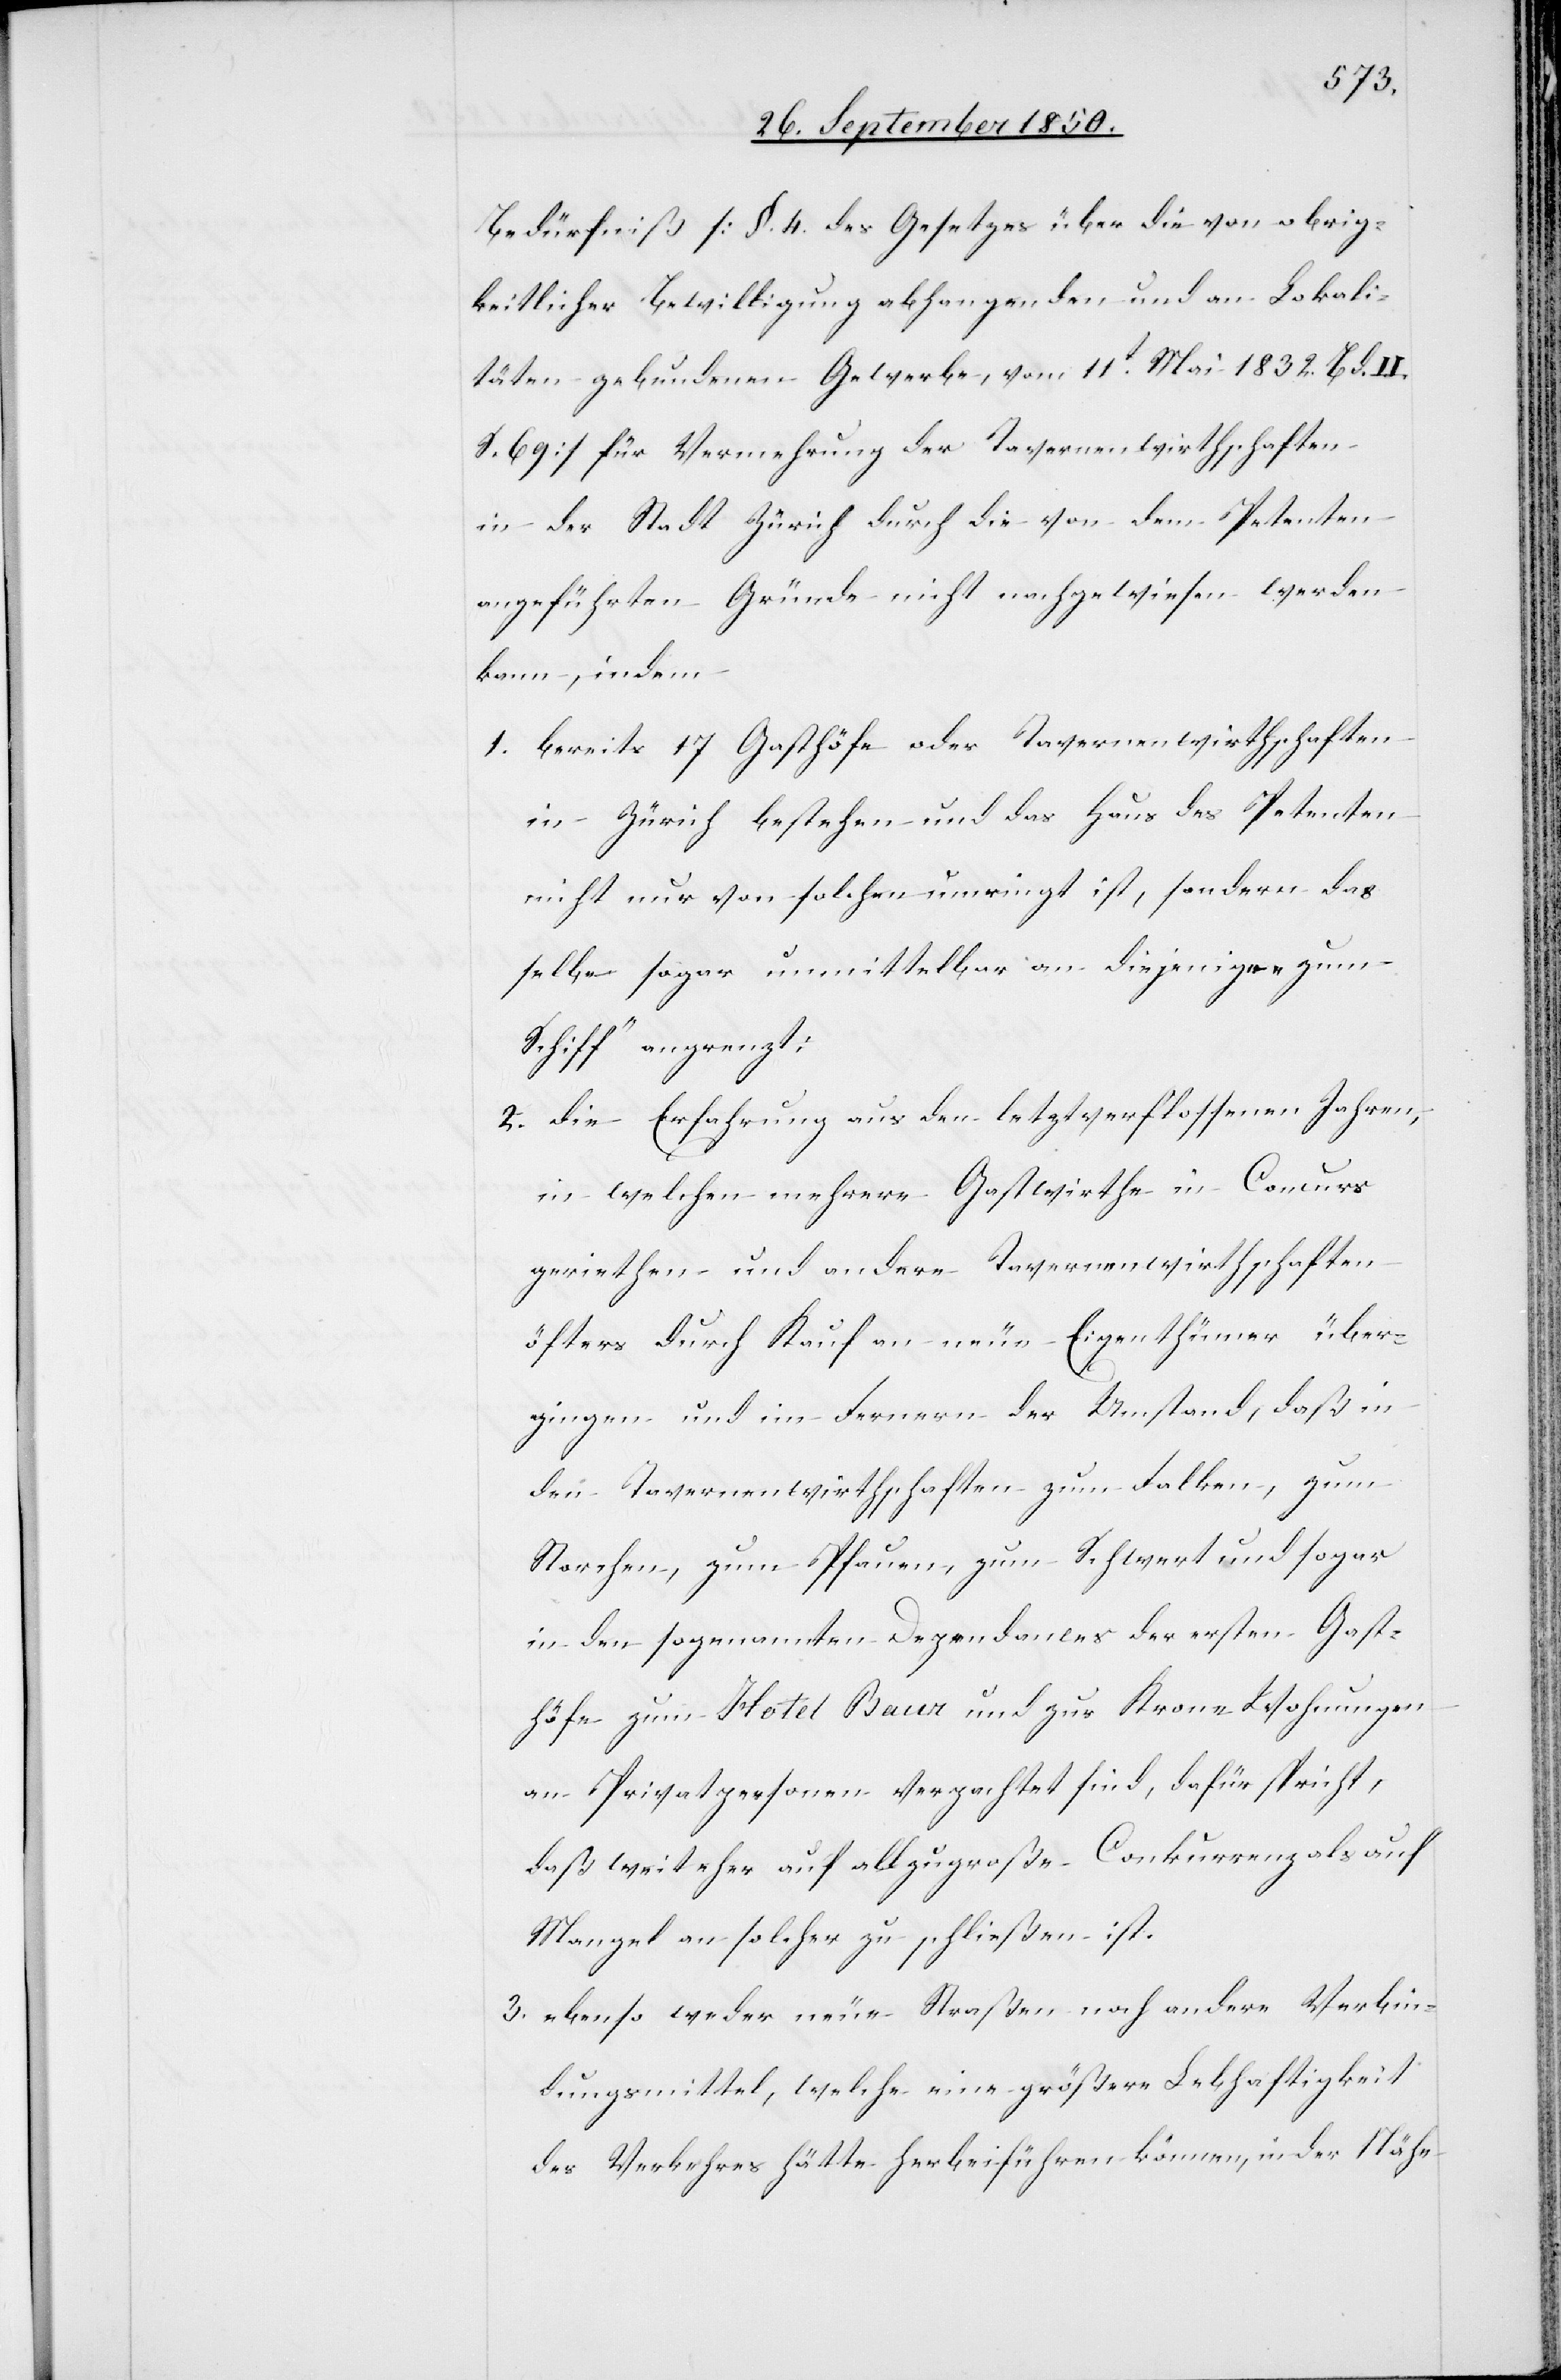
Bedürfniß [§. 4. des Gesetzes über die von obrig¬
keitlicher Bewilligung abhangenden und an Lokali¬
täten gebundenen Gewerbe, vom 11t Mai 1832. Bd. II.
S. 69] für Vermehrung der Tavernenwirthschaften
in der Stadt Zürich durch die von dem Petenten
angeführten Gründe nicht nachgewiesen werden
kann, indem
1. bereits 17 Gasthöfe oder Tavernenwirthschaften
in Zürich bestehen und das Haus des Petenten
nicht nur von solchen umringt ist, sondern das
selbe sogar unmittelbar an diejenige „zum
Schiff“ angrenzt;
2. die Erfahrung aus den letztverflossenen Jahren,
in welchen mehrere Gastwirthe in Concurs
geriethen und andere Tavernenwirthschaften
öfters durch Kauf an neue Eigenthümer über¬
gingen und im Fernern der Umstand, daß in
den Tavernenwirthschaften zum Falken, zum
Storchen, zum Pfauen, zum Schwert und sogar
in den sogenannten Dependances der ersten Gast¬
höfe zum Hotel Baur und zur Krone Wohnungen
an Privatpersonen verpachtet sind, dafür spricht,
daß weit eher auf allzugroße Conkurrenz als auf
Mangel an solcher zu schließen ist.
3. ebenso weder neue Straßen noch andere Verbin¬
dungsmittel, welche eine größere Lebhaftigkeit
des Verkehres hätte herbeiführen können, in der Nähe